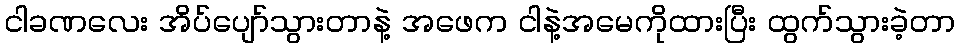
ငါခဏလေး အိပ်ပျော်သွားတာနဲ့ အဖေက ငါနဲ့အမေကိုထားပြီး ထွက်သွားခဲ့တာ